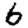
Digit: 6